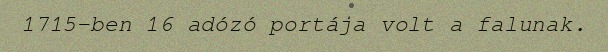
1715-ben 16 adózó portája volt a falunak.